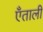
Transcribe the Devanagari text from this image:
एँताली